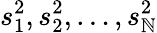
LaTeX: s_{1}^{2},s_{2}^{2},\ldots,s_{\mathbb{N}}^{2}